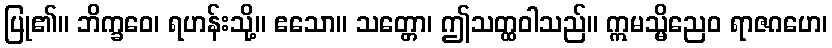
ပြု၏။ ဘိက္ခဝေ၊ ရဟန်းသို့။ ဧသော။ သတ္တော၊ ဤသတ္ထဝါသည်။ ဣမသ္မိညေဝ ရာဇဂဟေ၊